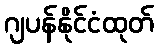
ဂျပန်နိုင်ငံထုတ်